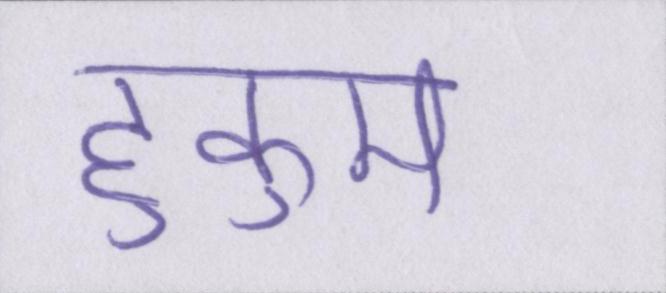
हुकुम